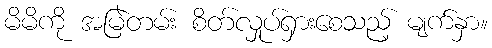
မိမိကို အမြဲတမ်း စိတ်လှုပ်ရှားစေသည့် မျက်နှာ။